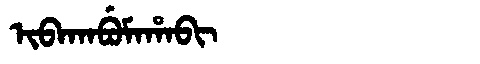
Manchu: ᡳᠪᠠᡴᠠᠪᡠᠮᠠᡥᠠᠪᡳ
Romanization: IBAKABUMAHABI